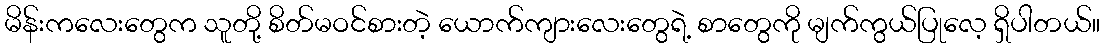
မိန်းကလေးတွေက သူတို့ စိတ်မဝင်စားတဲ့ ယောက်ကျားလေးတွေရဲ့ စာတွေကို မျက်ကွယ်ပြုလေ့ ရှိပါတယ်။